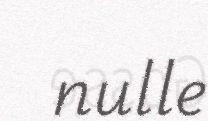
nulle